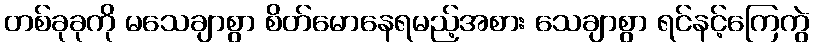
တစ်ခုခုကို မသေချာစွာ စိတ်မောနေရမည့်အစား သေချာစွာ ရင်နင့်ကြေကွဲ